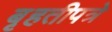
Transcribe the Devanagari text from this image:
बृहतीपत्रे